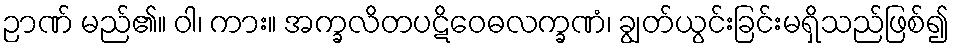
ဉာဏ် မည်၏။ ဝါ၊ ကား။ အက္ခလိတပဋိဝေဓလက္ခဏံ၊ ချွတ်ယွင်းခြင်းမရှိသည်ဖြစ်၍